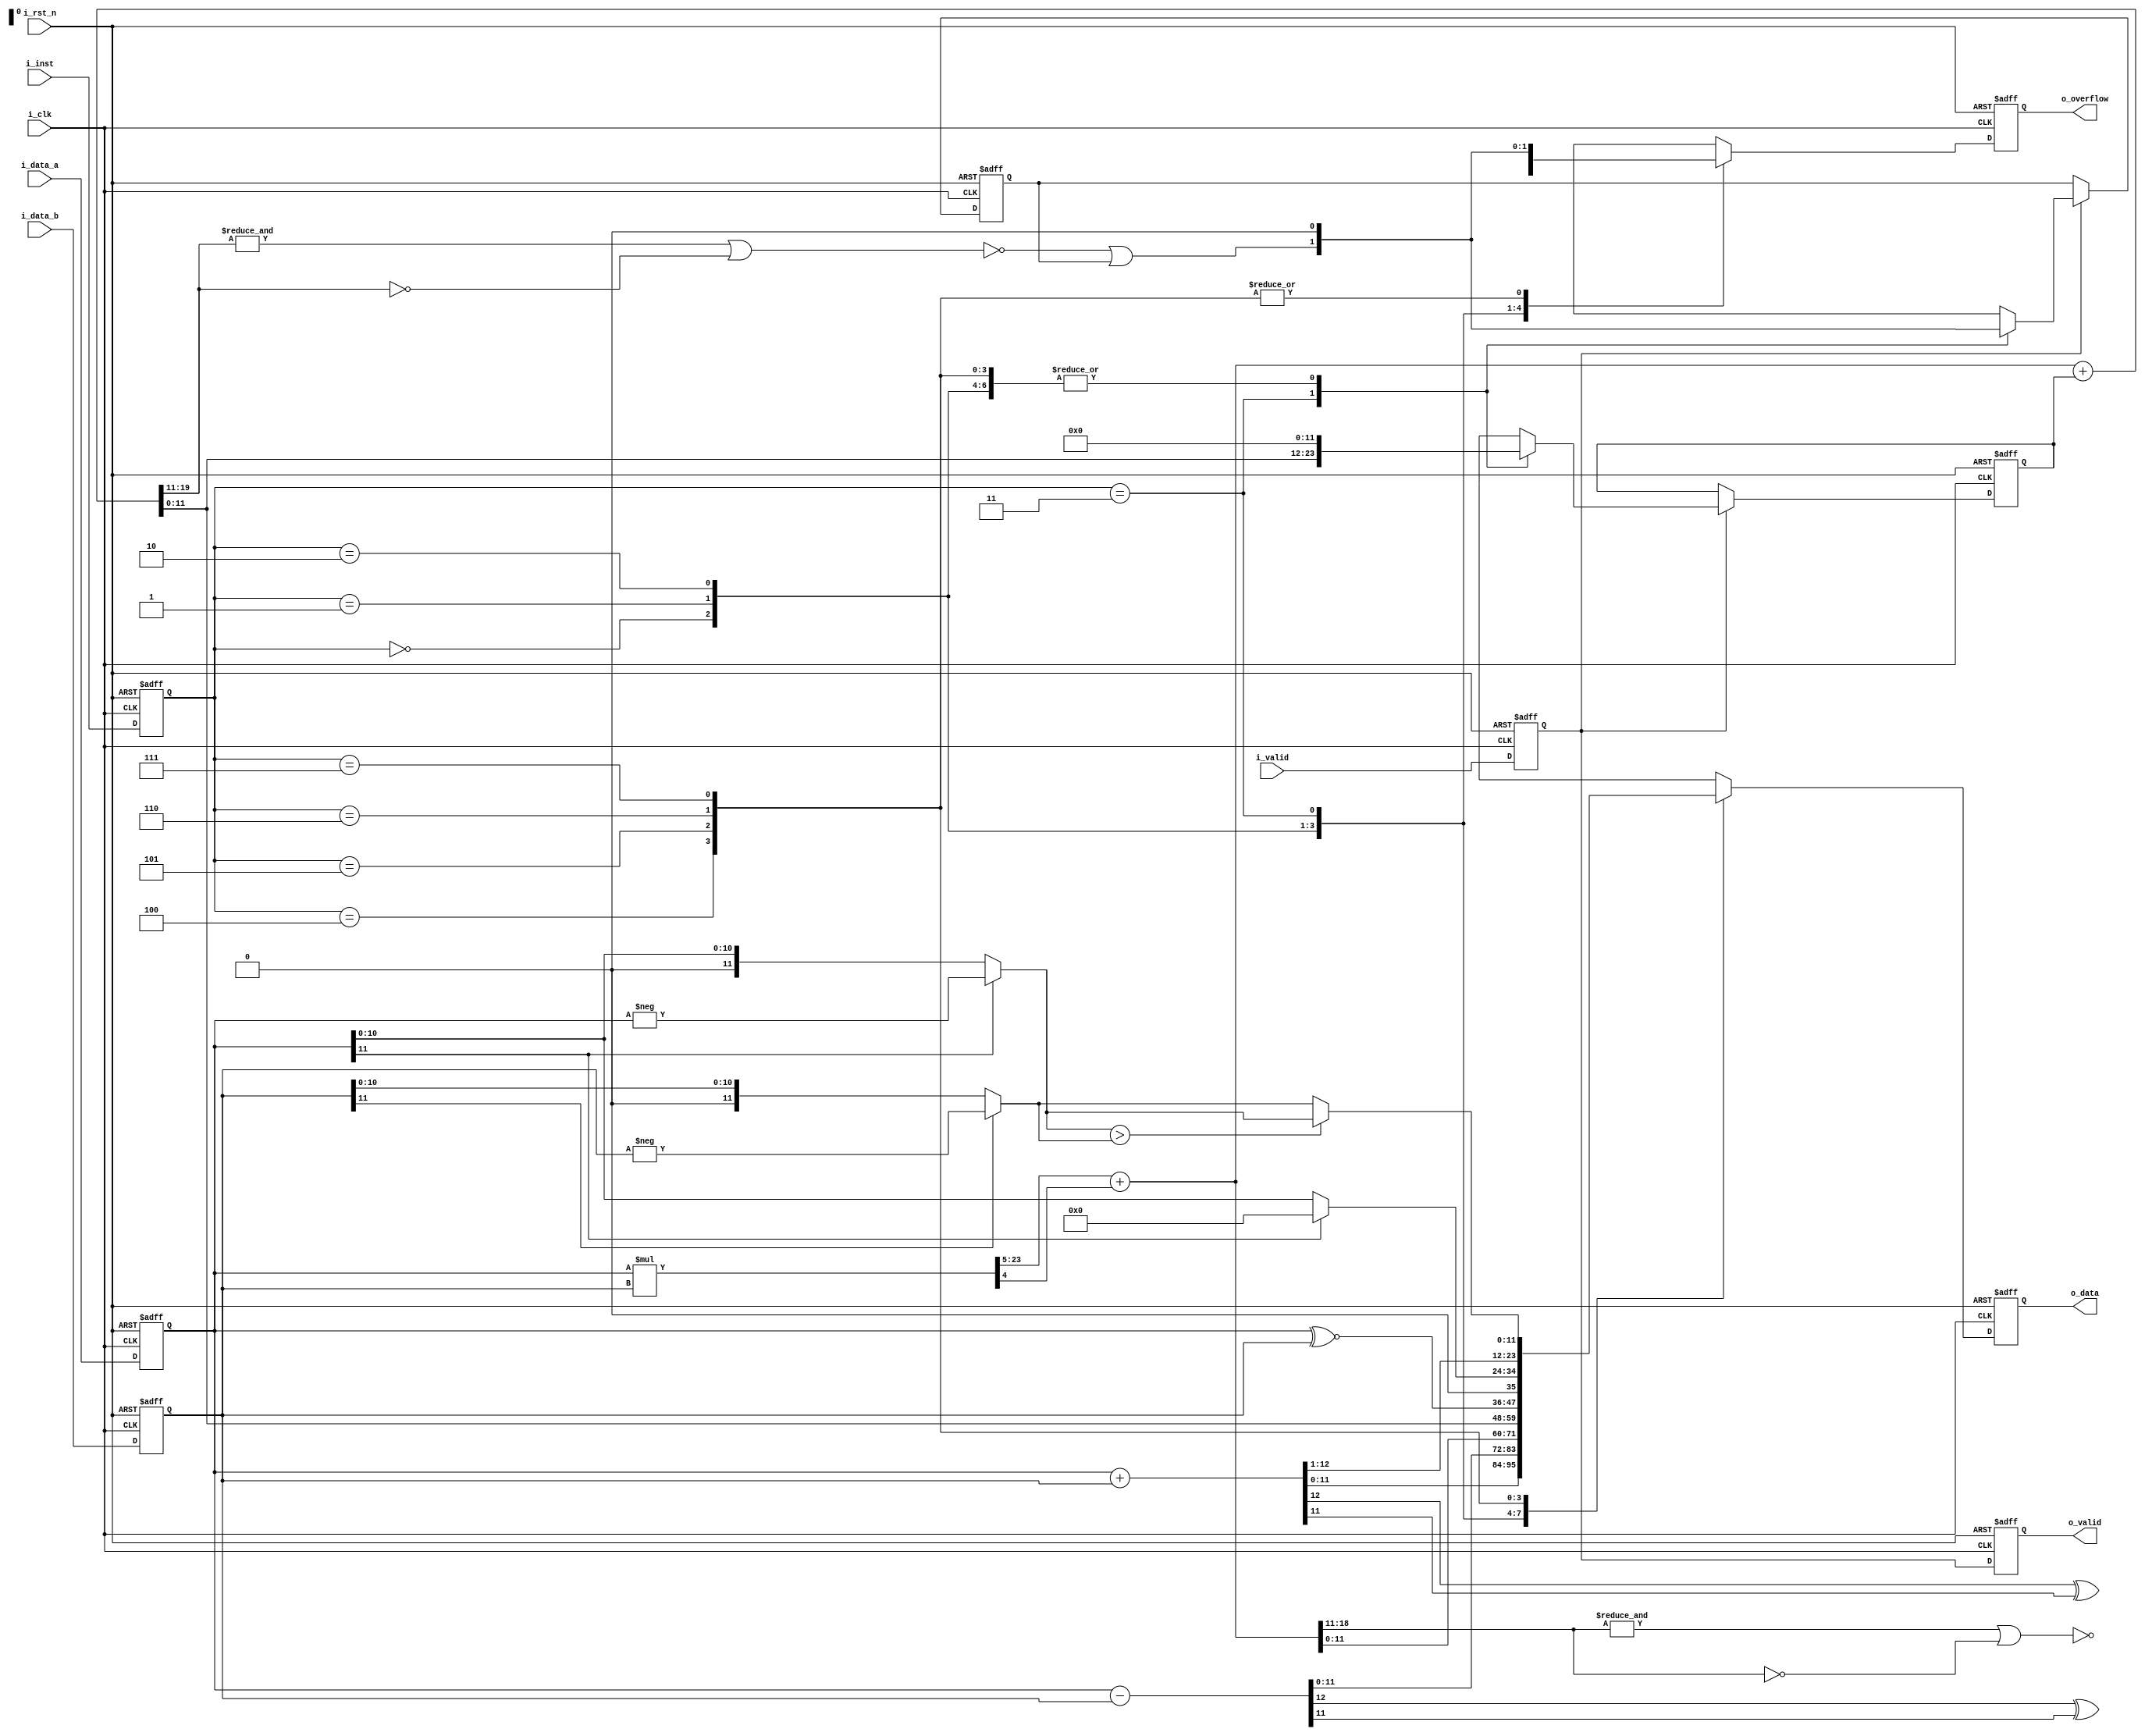
module alu(
    input               i_clk,
    input               i_rst_n,
    input               i_valid,
    input signed [11:0] i_data_a,
    input signed [11:0] i_data_b,
    input        [2:0]  i_inst,
    output              o_valid,
    output              o_overflow,
    output       [11:0] o_data
);
// ================================ ~ D1 ======================================= //
reg               valid_d1_r;
reg        [2:0]  inst_d1_r;
reg signed [11:0] data_a_d1_r, data_b_d1_r;
always @(posedge i_clk or negedge i_rst_n) begin
    if(!i_rst_n) begin
        valid_d1_r  <= 0;
        inst_d1_r   <= 0;
        data_a_d1_r <= 0;
        data_b_d1_r <= 0;
    end else begin
        valid_d1_r  <= i_valid;
        inst_d1_r   <= i_inst;
        data_a_d1_r <= i_data_a;
        data_b_d1_r <= i_data_b;
    end
end

// =============================== D1 to D2 ======================================= //
reg                overflow_d2_w, overflow_d2_r;
reg                valid_d2_r;
reg                mac_overflow_d2_r, mac_overflow_d2_w;
reg         [11:0] alu_d2_w, alu_d2_r, mac_d2_w;
reg  signed [11:0] mac_d2_r;

wire               mul_overflow, mac_overflow;
wire        [11:0] abs_a, abs_b;
wire        [12:0] sum, diff;
wire signed [18:0] product_round;
wire        [19:0] mac_sum;
wire        [23:0] product;

parameter ADD  = 3'b000;
parameter SUB  = 3'b001;
parameter MUL  = 3'b010;
parameter MAC  = 3'b011;
parameter XNOR = 3'b100;
parameter RELU = 3'b101;
parameter MEAN = 3'b110;
parameter AMAX = 3'b111;

assign sum     = data_a_d1_r + data_b_d1_r;
assign diff    = data_a_d1_r - data_b_d1_r;
assign product = data_a_d1_r * data_b_d1_r;
assign abs_a   = data_a_d1_r[11] ? -data_a_d1_r : data_a_d1_r; 
assign abs_b   = data_b_d1_r[11] ? -data_b_d1_r : data_b_d1_r;
assign product_round = product[23:5] + product[4];
assign mul_overflow = !(&product_round[18:11] | !product_round[18:11]);
assign mac_sum = product_round + mac_d2_r;
assign mac_overflow = !(&mac_sum[19:11] | !mac_sum[19:11]) | mac_overflow_d2_r;

always@(*) begin
    mac_d2_w = 0;
    overflow_d2_w = 0;
    mac_overflow_d2_w = 0;
    case(inst_d1_r) 
        ADD: begin
            overflow_d2_w = sum[12] ^ sum[11];
            alu_d2_w = sum;
        end
        SUB: begin
            overflow_d2_w = diff[12] ^ diff[11];
            alu_d2_w = diff;
        end 
        MUL: begin
            overflow_d2_w = mul_overflow; 
            alu_d2_w = product_round[11:0];
        end
        MAC: begin
            overflow_d2_w = mac_overflow;
            mac_overflow_d2_w = mac_overflow;
            alu_d2_w = mac_sum[11:0];
            mac_d2_w = mac_sum[11:0];
        end
        XNOR: alu_d2_w = data_a_d1_r ~^ data_b_d1_r;
        RELU: alu_d2_w = data_a_d1_r[11] ? 0 : data_a_d1_r;
        MEAN: alu_d2_w = sum >>> 1;
        AMAX: alu_d2_w = (abs_a > abs_b) ? abs_a : abs_b;
    endcase
end

always@(posedge i_clk or negedge i_rst_n) begin
    if(!i_rst_n) begin
        alu_d2_r <= 0;
        overflow_d2_r <= 0;
        valid_d2_r <= 0;
        mac_d2_r <= 0;
        mac_overflow_d2_r <= 0;
    end else begin
        alu_d2_r <= alu_d2_w;
        overflow_d2_r <= overflow_d2_w;
        valid_d2_r <= valid_d1_r;
        if(valid_d1_r) begin
            mac_d2_r <= mac_d2_w;
            mac_overflow_d2_r <= mac_overflow_d2_w;
        end  
    end
end

// ================================ D2 ~ ======================================= //
// output assignment
assign o_valid    = valid_d2_r;
assign o_data     = alu_d2_r;
assign o_overflow = overflow_d2_r;

endmodule